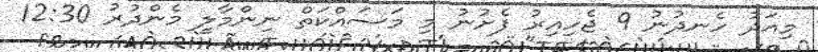
މިއަދު ހެނދުނު 9 ޖެހިއިރު ފެށުނު މި މަސައްކަތް ނިންމާލީ މެންދުރު 12:30